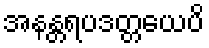
အနန္တရပဒတ္တယေပိ